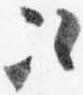
次